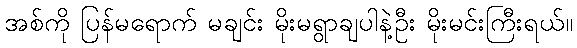
အစ်ကို ပြန်မရောက် မချင်း မိုးမရွာချပါနဲ့ဦး မိုးမင်းကြီးရယ်။